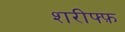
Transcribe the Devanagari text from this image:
शरीफ्फ़